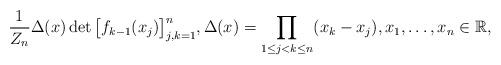
LaTeX: \begin{align*}\frac{1}{Z_n} \Delta(x) \det\big[ f_{k-1}(x_j) \big]_{j,k=1}^n,\Delta(x) = \prod_{1\leq j<k\leq n} (x_k-x_j),x_1,\ldots, x_n\in\mathbb R,\end{align*}